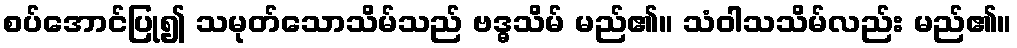
စပ်အောင်ပြု၍ သမုတ်သောသိမ်သည် ဗဒ္ဓသိမ် မည်၏။ သံဝါသသိမ်လည်း မည်၏။